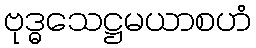
ဗုဒ္ဓသေဋ္ဌမယာစဟံ